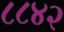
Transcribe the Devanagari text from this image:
८८४२